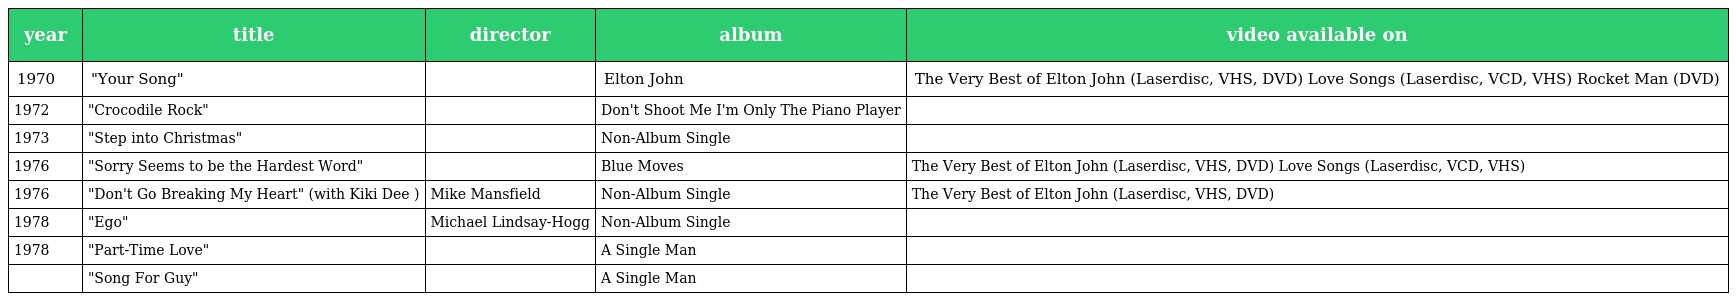
| year | title | director | album | video available on |
 | --- | --- | --- | --- | --- |
 | 1970 | "Your Song" |  | Elton John | The Very Best of Elton John (Laserdisc, VHS, DVD) Love Songs (Laserdisc, VCD, VHS) Rocket Man (DVD) |
 | 1972 | "Crocodile Rock" |  | Don't Shoot Me I'm Only The Piano Player |  |
 | 1973 | "Step into Christmas" |  | Non-Album Single |  |
 | 1976 | "Sorry Seems to be the Hardest Word" |  | Blue Moves | The Very Best of Elton John (Laserdisc, VHS, DVD) Love Songs (Laserdisc, VCD, VHS) |
 | 1976 | "Don't Go Breaking My Heart" (with Kiki Dee ) | Mike Mansfield | Non-Album Single | The Very Best of Elton John (Laserdisc, VHS, DVD) |
 | 1978 | "Ego" | Michael Lindsay-Hogg | Non-Album Single |  |
 | 1978 | "Part-Time Love" |  | A Single Man |  |
 |  | "Song For Guy" |  | A Single Man |  |